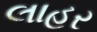
લાહર